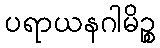
ပရာယနဂါမိဉ္စ